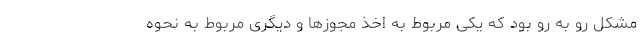
مشکل رو به رو بود که یکی مربوط به اخذ مجوزها و دیگری مربوط به نحوه